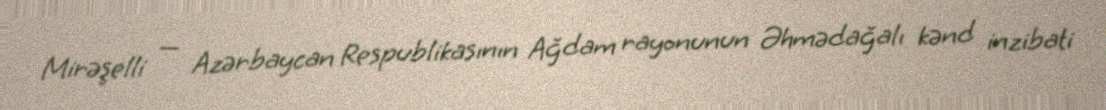
Mirəşelli — Azərbaycan Respublikasının Ağdam rayonunun Əhmədağalı kənd inzibati